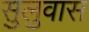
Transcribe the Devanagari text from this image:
सुलुवास